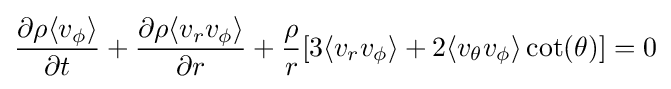
{\partial \rho \langle v_{\phi }\rangle  \over \partial t}+{\partial \rho \langle v_{r}v_{\phi }\rangle  \over \partial r}+{\rho  \over r}[3\langle v_{r}v_{\phi }\rangle +2\langle v_{\theta }v_{\phi }\rangle \cot(\theta )]=0